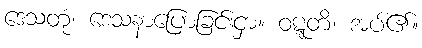
ဒေသတုံ၊ ဒေသနာပြောခြင်းငှာ။ ဝဋ္ဋတိ၊ အပ်၏။